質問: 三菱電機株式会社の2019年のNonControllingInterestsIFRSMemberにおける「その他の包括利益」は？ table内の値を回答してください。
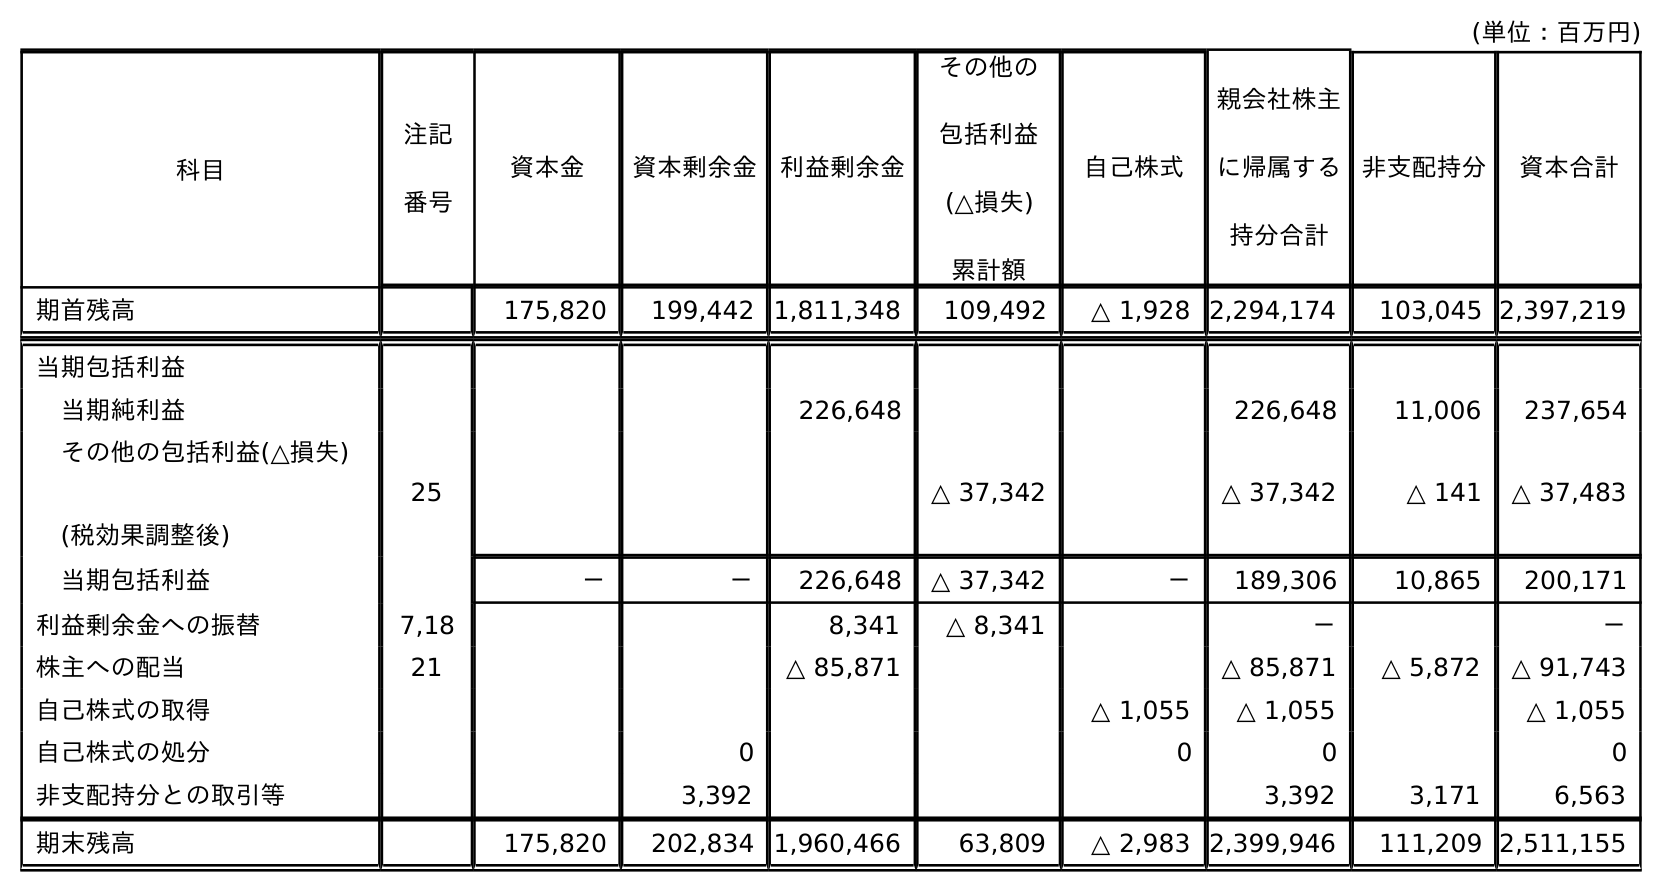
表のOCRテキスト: (単位：百万円) 科目 注記 番号 非支配持分 資本合計 資本金 資本剰余金 利益剰余金 その他の 包括利益 (△損失) 累計額 自己株式 親会社株主 に帰属する 持分合計 期首残高 175,820 199,442 1,811,348 109,492 △ 1,928 2,294,174 103,045 2,397,219 当期包括利益 当期純利益 226,648 226,648 11,006 237,654 その他の包括利益(△損失) (税効果調整後) 25 △ 37,342 △ 37,342 △ 141 △ 37,483 当期包括利益 － － 226,648 △ 37,342 － 189,306 10,865 200,171 利益剰余金への振替 7,18 8,341 △ 8,341 － － 株主への配当 21 △ 85,871 △ 85,871 △ 5,872 △ 91,743 自己株式の取得 △ 1,055 △ 1,055 △ 1,055 自己株式の処分 0 0 0 0 非支配持分との取引等 3,392 3,392 3,171 6,563 期末残高 175,820 202,834 1,960,466 63,809 △ 2,983 2,399,946 111,209 2,511,155
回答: △141